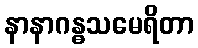
နာနာဂန္ဓသမေရိတာ